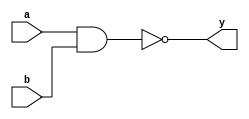
module nand_gate(y, a, b);
  
    input a, b;
    output y;
    nand(y, a, b);
  
endmodule